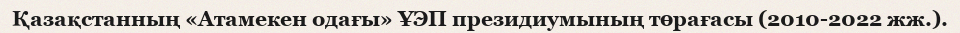
Қазақстанның «Атамекен одағы» ҰЭП президиумының төрағасы (2010-2022 жж.).